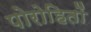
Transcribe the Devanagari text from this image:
पोरोहितों